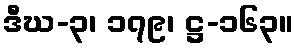
ဒီဃ-၃၊ ၁၇၉၊ ဋ္ဌ-၁၆၃။